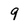
Character: 9